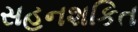
સહનશકિત